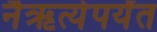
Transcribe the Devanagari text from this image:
नैऋत्येपर्यंत